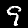
Digit: 9